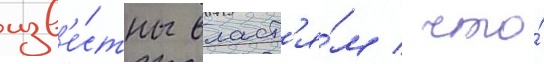
изв'е́стны власт'я́м / что́